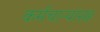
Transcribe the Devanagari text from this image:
कर्मचाऱ्यांसह